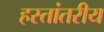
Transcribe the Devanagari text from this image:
हस्‍तांतरीय